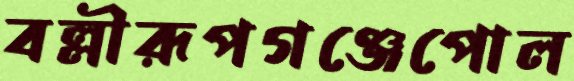
বল্লীরূপগঞ্জেপোল